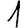
Digit: 1